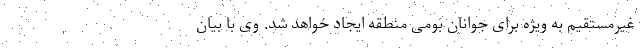
غیرمستقیم به ویژه برای جوانان بومی منطقه ایجاد خواهد شد. وی با بیان